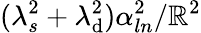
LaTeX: (\lambda_{s}^{2}+\lambda_{\mathrm{d}}^{2})\alpha_{ln}^{2}/\mathbb{R}^{2}